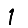
Digit: 1